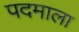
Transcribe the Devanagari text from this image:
पदमाला